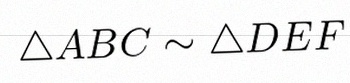
\triangle ABC\sim\triangle DEF